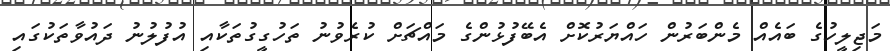
މަޖިލީހުގެ ބައެއް މެންބަރުން ހައްޔަރުކޮށް އެބޭފުޅުންގެ މައްޗަށް ކުރެވުނު ތަހުގީގުތަކާއި އުފުލުނު ދައުވާތަކުގައި